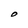
Character: O